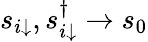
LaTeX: s_{i\downarrow},s_{i\downarrow}^{\dagger}\to s_{0}